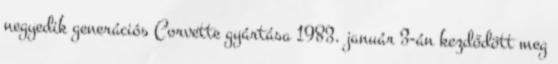
negyedik generációs Corvette gyártása 1983. január 3-án kezdődött meg